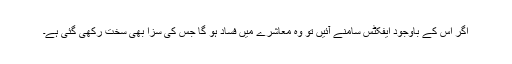
اگر اس کے باوجود ایفکٹس سامنے آئیں تو وہ معاشرے میں فساد ہو گا جس کی سزا بھی سخت رکھی گئی ہے۔